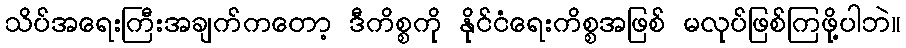
သိပ်အရေးကြီးအချက်ကတော့ ဒီကိစ္စကို နိုင်ငံရေးကိစ္စအဖြစ် မလုပ်ဖြစ်ကြဖို့ပါဘဲ။